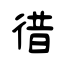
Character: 徣